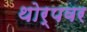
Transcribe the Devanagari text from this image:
थोर्पवर